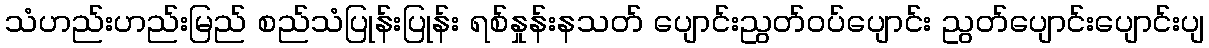
သံဟည်းဟည်းမြည် စည်သံပြုန်းပြုန်း ရစ်နှုန်းနသတ် ပျောင်းညွတ်ဝပ်ပျောင်း ညွတ်ပျောင်းပျောင်းပျ